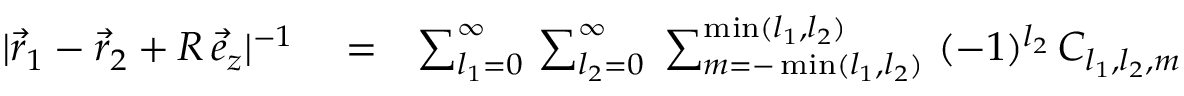
\begin{array} { r l r } { | \vec { r } _ { 1 } - \vec { r } _ { 2 } + R \, \vec { e } _ { z } | ^ { - 1 } } & { { } = } & { \sum _ { l _ { 1 } = 0 } ^ { \infty } \, \sum _ { l _ { 2 } = 0 } ^ { \infty } \; \sum _ { m = - \operatorname* { m i n } ( l _ { 1 } , l _ { 2 } ) } ^ { \operatorname* { m i n } ( l _ { 1 } , l _ { 2 } ) } \, \, ( - 1 ) ^ { l _ { 2 } } \, C _ { l _ { 1 } , l _ { 2 } , m } \; } \end{array}